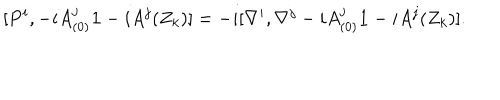
[ P ^ { i } , - i A _ { ( 0 ) } ^ { j } { \bf 1 } - i A ^ { j } ( Z _ { k } ) ] = - i [ \nabla ^ { i } , \nabla ^ { j } - i A _ { ( 0 ) } ^ { j } { \bf 1 } - i A ^ { j } ( Z _ { k } ) ] .